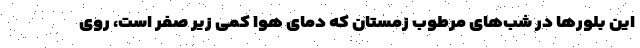
این بلور‌ها در شب‌های مرطوب زمستان که دمای هوا کمی زیر صفر است، روی